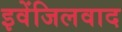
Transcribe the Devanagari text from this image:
इवेंजिलवाद